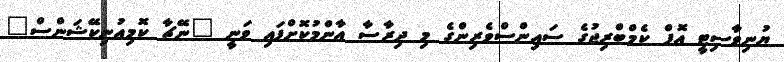
ޔުނިވާސިޓީ އޮފް ކެމްބްރިޖުގެ ސައިންސްވެރިންގެ މި ދިރާސާ އާންމުކޮށްފައި ވަނީ "ނޭޗާ ކޮމިއުނިކޭޝަންސް"